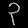
Digit: ၃